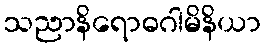
သညာနိရောဓဂါမိနိယာ